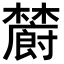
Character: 𣟜